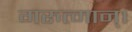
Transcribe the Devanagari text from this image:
गरुत्मान्।